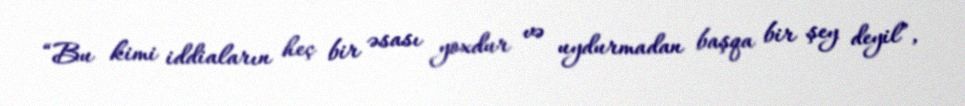
“Bu kimi iddiaların heç bir əsası yoxdur və uydurmadan başqa bir şey deyil”,